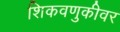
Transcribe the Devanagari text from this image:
शिकवणुकीवर